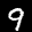
Label: 9